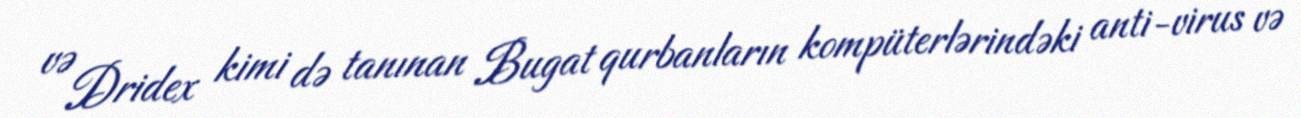
və Dridex kimi də tanınan Bugat qurbanların kompüterlərindəki anti-virus və